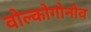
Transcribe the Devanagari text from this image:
वोल्कोगोनोव